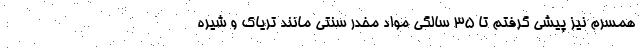
همسرم نیز پیشی گرفتم تا 35 سالگی مواد مخدر سنتی مانند تریاک و شیره